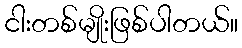
ငါးတစ်မျိုးဖြစ်ပါတယ်။